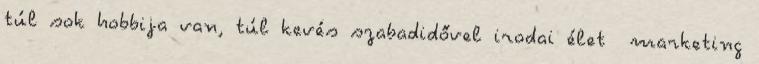
túl sok hobbija van, túl kevés szabadidővel irodai élet marketing